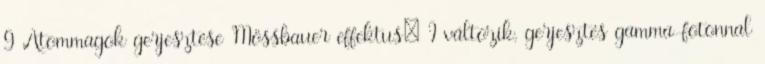
9 Atommagok gerjesztése Mössbauer effektus: I változik, gerjesztés gamma-fotonnal